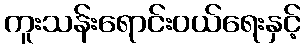
ကူးသန်းရောင်းဝယ်ရေးနှင့်